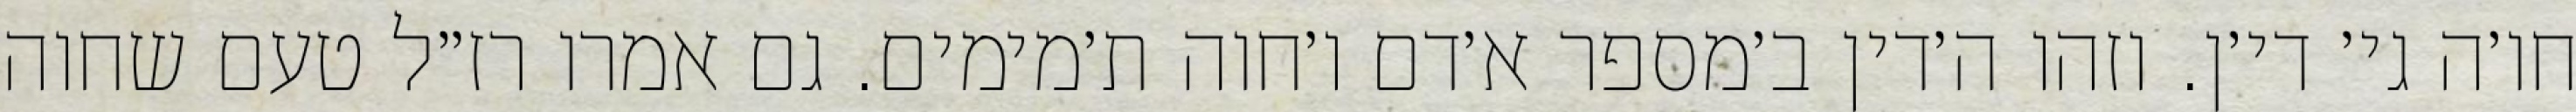
חו׳ה גי׳ די׳ן. וזהו ה׳דין ב׳מספר א׳דם ו׳חוה ת׳מימים. גם אמרו רז״ל טעם שחוה